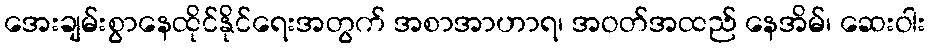
အေးချမ်းစွာနေထိုင်နိုင်ရေးအတွက် အစာအာဟာရ၊ အဝတ်အထည် နေအိမ်၊ ဆေးဝါး